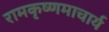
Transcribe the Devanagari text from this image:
रामकृष्णमाचार्य